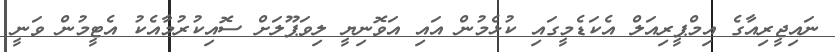
ނައިޖީރިއާގެ އިމްޕީރިއަލް އެކަޑެމީގައި ކުޅެމުން އައި އަވޮނިޔީ ލިވަޕޫލަށް ސޮއިކުރުމާއެކު އެޓީމުން ވަނީ